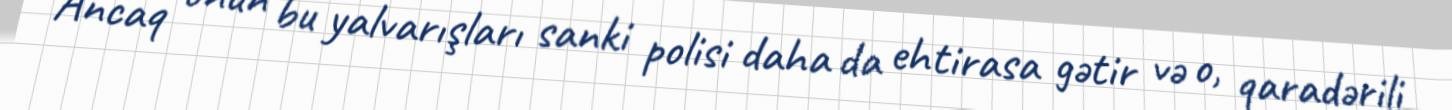
Ancaq onun bu yalvarışları sanki polisi daha da ehtirasa gətir və o, qaradərili